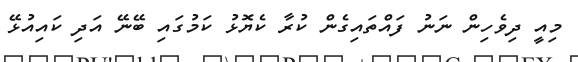
މިއީ ދިވެހިން ނަނު ފައްތައިގެން ކުރާ ކެޔޮޅު ކަމުގައި ބޭނޭ އަދި ކައިއުޅޭ